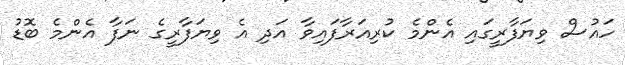
ހައުސް ވިޔަފާރީގައި އެންމެ ކުރިއަރާފައިވާ އަދި އެ ވިޔަފާރީގެ ނަފާ އެންމެ ބޮޑު